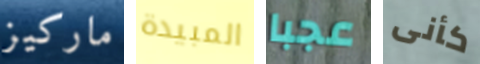
ماركيز المبيدة عجبا كأنى